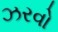
ઝરવો